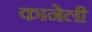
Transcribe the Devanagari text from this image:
कानेली